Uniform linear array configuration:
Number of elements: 48
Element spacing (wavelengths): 0.5
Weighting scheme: kaiser
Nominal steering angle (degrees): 0
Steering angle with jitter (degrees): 0.8844
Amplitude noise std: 0.05
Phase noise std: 0.05

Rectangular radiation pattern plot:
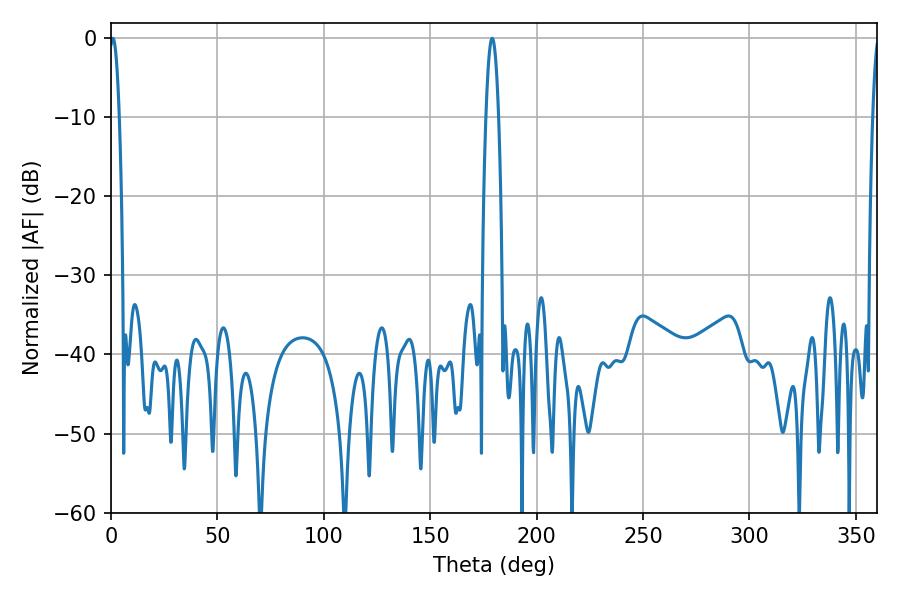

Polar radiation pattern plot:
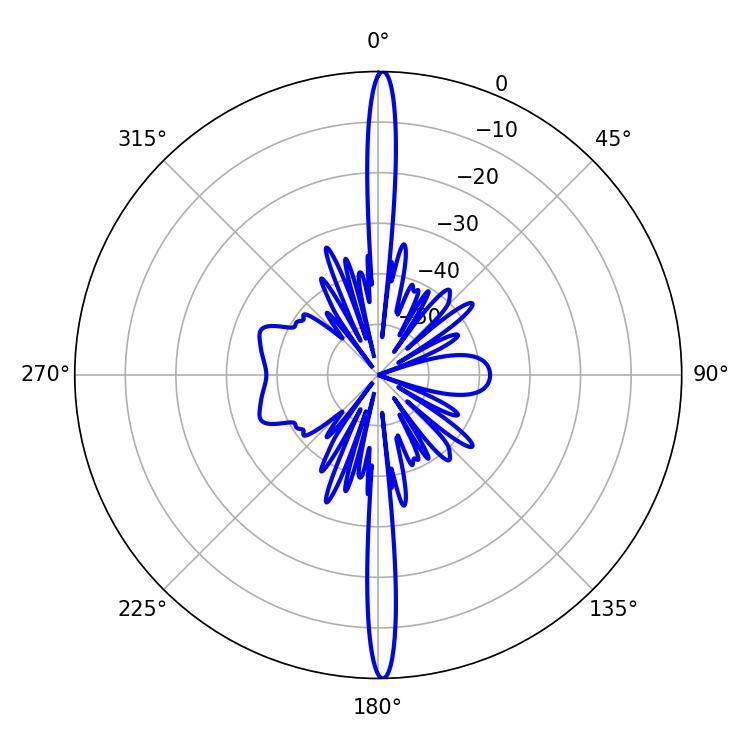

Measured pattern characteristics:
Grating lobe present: FALSE
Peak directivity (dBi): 30.498
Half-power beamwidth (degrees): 2.52
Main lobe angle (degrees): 0.9